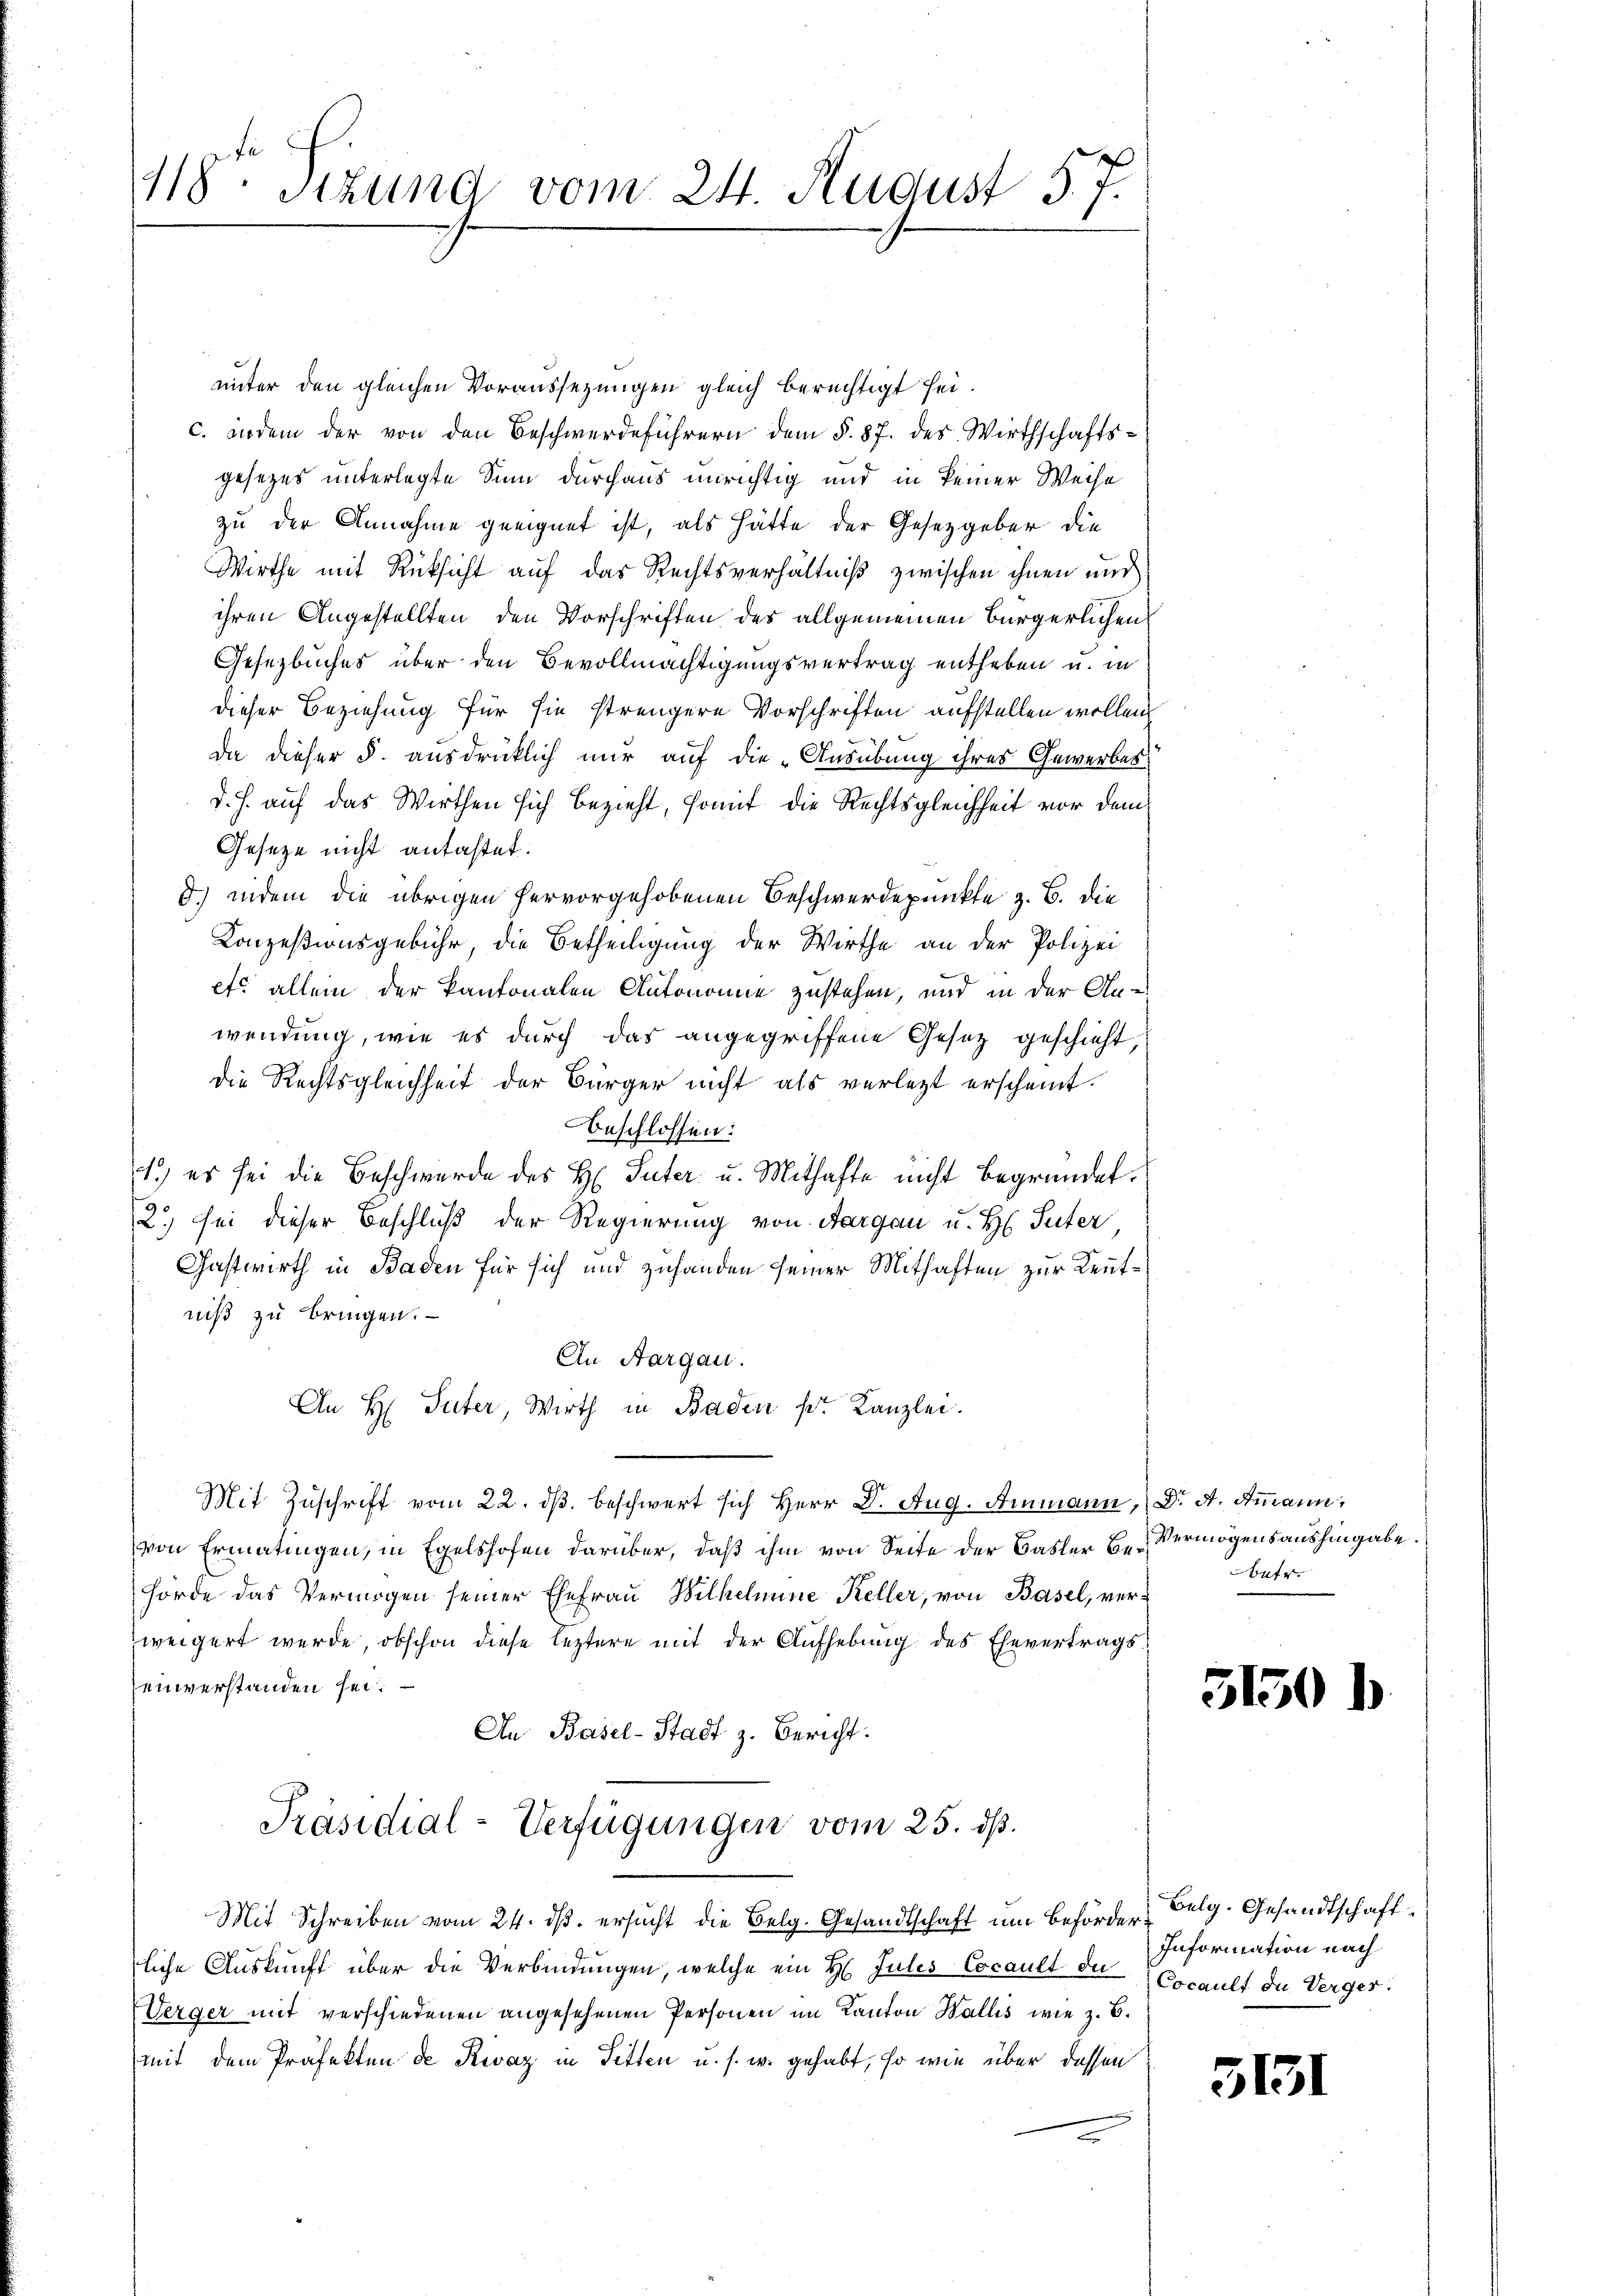
118. Sizung vom 24. August 5.7.

unter den gleichen Voraussezungen gleich berechtigt sei.
c. indem der von den Beschwerdeführern dem §. 87. des Wirthschafts-
gesezes unterlegte Sinn durchaus unrichtig und in keiner Weise
zu der Annahme geeignet ist, als hätte der Gesetzgeber die
Wirthe mit Rücksicht auf das Rechtsverhältniß zwischen ihnen und
ihren Angestellten, den Vorschriften des allgemeinen Bürgerlichen
Gesetzbuches über den Bevollmächtigungsvertrag entheben u. in
dieser Beziehung für sie strengere Vorschriften aufstellen wollen.
da dieser §. ausdrücklich nur auf die Ausübung ihres Gewerbes
d. J. auf das Wirthen sich bezieht, somit die Rechtsgleichheit vor dem
Gesetze nicht anfastet.
d.) indem die übrigen hervorgehobenen Beschwerdepunkte z. B. die
Konzesionsgebühr, die Betheiligung der Wirthe an der Polizei
ets allein der kantonalen Autonomie zustehen, und in der Anwendung, wie es durch das angegriffene Gesetz geschieht,
die Rechtsgleichheit der Bürger nicht als verletzt erscheint.
beschlossen:
1.) es sei die Beschwerde des H. Suter u. Mithafte nicht begründet.
2.) Sei dieser Beschluß der Regierung von Aargau u. H. Suter,
Gastwirth in Baden für sich und zuhanden seiner Mithaften zur Kenntniß zu bringen.
An Aargau.
An H Suter, Wirth in Baden pr. Kanzlei.
Mit Zŭschrift vom 22. dβ beschwert sich Herr D. Aug. Ammann, Dr. A. Ammann,
von Ermatingen, in Egelshofen darüber, daß ihm von Seite der Basler B. Vermögensaushingabe.
hörde das Vermögen seiner Ehefrau Wilhelmine Keller, von Basel, verweigert werde, obschon diese leztere mit der Aufhebung des Ehevertragseinverstanden sei.
An Basel-Stadt z. Bericht.
Präsidial-Verfügungen vom 25. dß.
Mit Schreiben vom 24. ds. ersucht die Belg. Gesandtschaft um Behörder Belg. Gesandtschaftliche Auskunft über die Verbindungen, welche ein H. Julis Cocault de Cocault de Verger¬
Verger mit verschiedenen angesehenen Personen im Kanton Wallis wie z. B.
mit dem Präfekten de Revaz in Fetten u. s. w. gehabt, so wie über dessen

fe |

5150

Information nach

3131